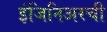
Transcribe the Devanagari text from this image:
इंजिनिअरची